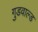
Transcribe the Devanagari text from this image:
गुडवाल्ड